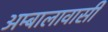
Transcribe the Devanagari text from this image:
अम्बालावासी